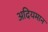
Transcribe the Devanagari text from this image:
अदियमान